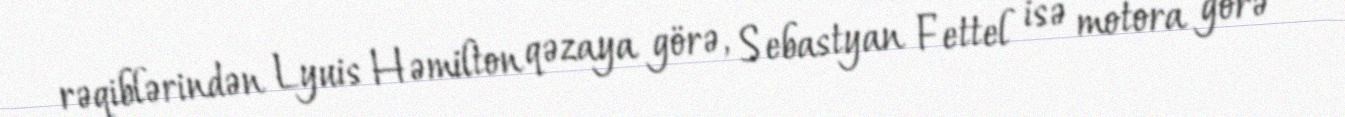
rəqiblərindən Lyuis Həmilton qəzaya görə, Sebastyan Fettel isə motora görə